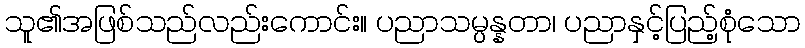
သူ၏အဖြစ်သည်လည်းကောင်း။ ပညာသမ္ပန္နတာ၊ ပညာနှင့်ပြည့်စုံသော